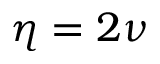
\eta = 2 \nu